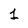
Character: 1